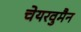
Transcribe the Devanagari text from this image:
चेयरवुमैन